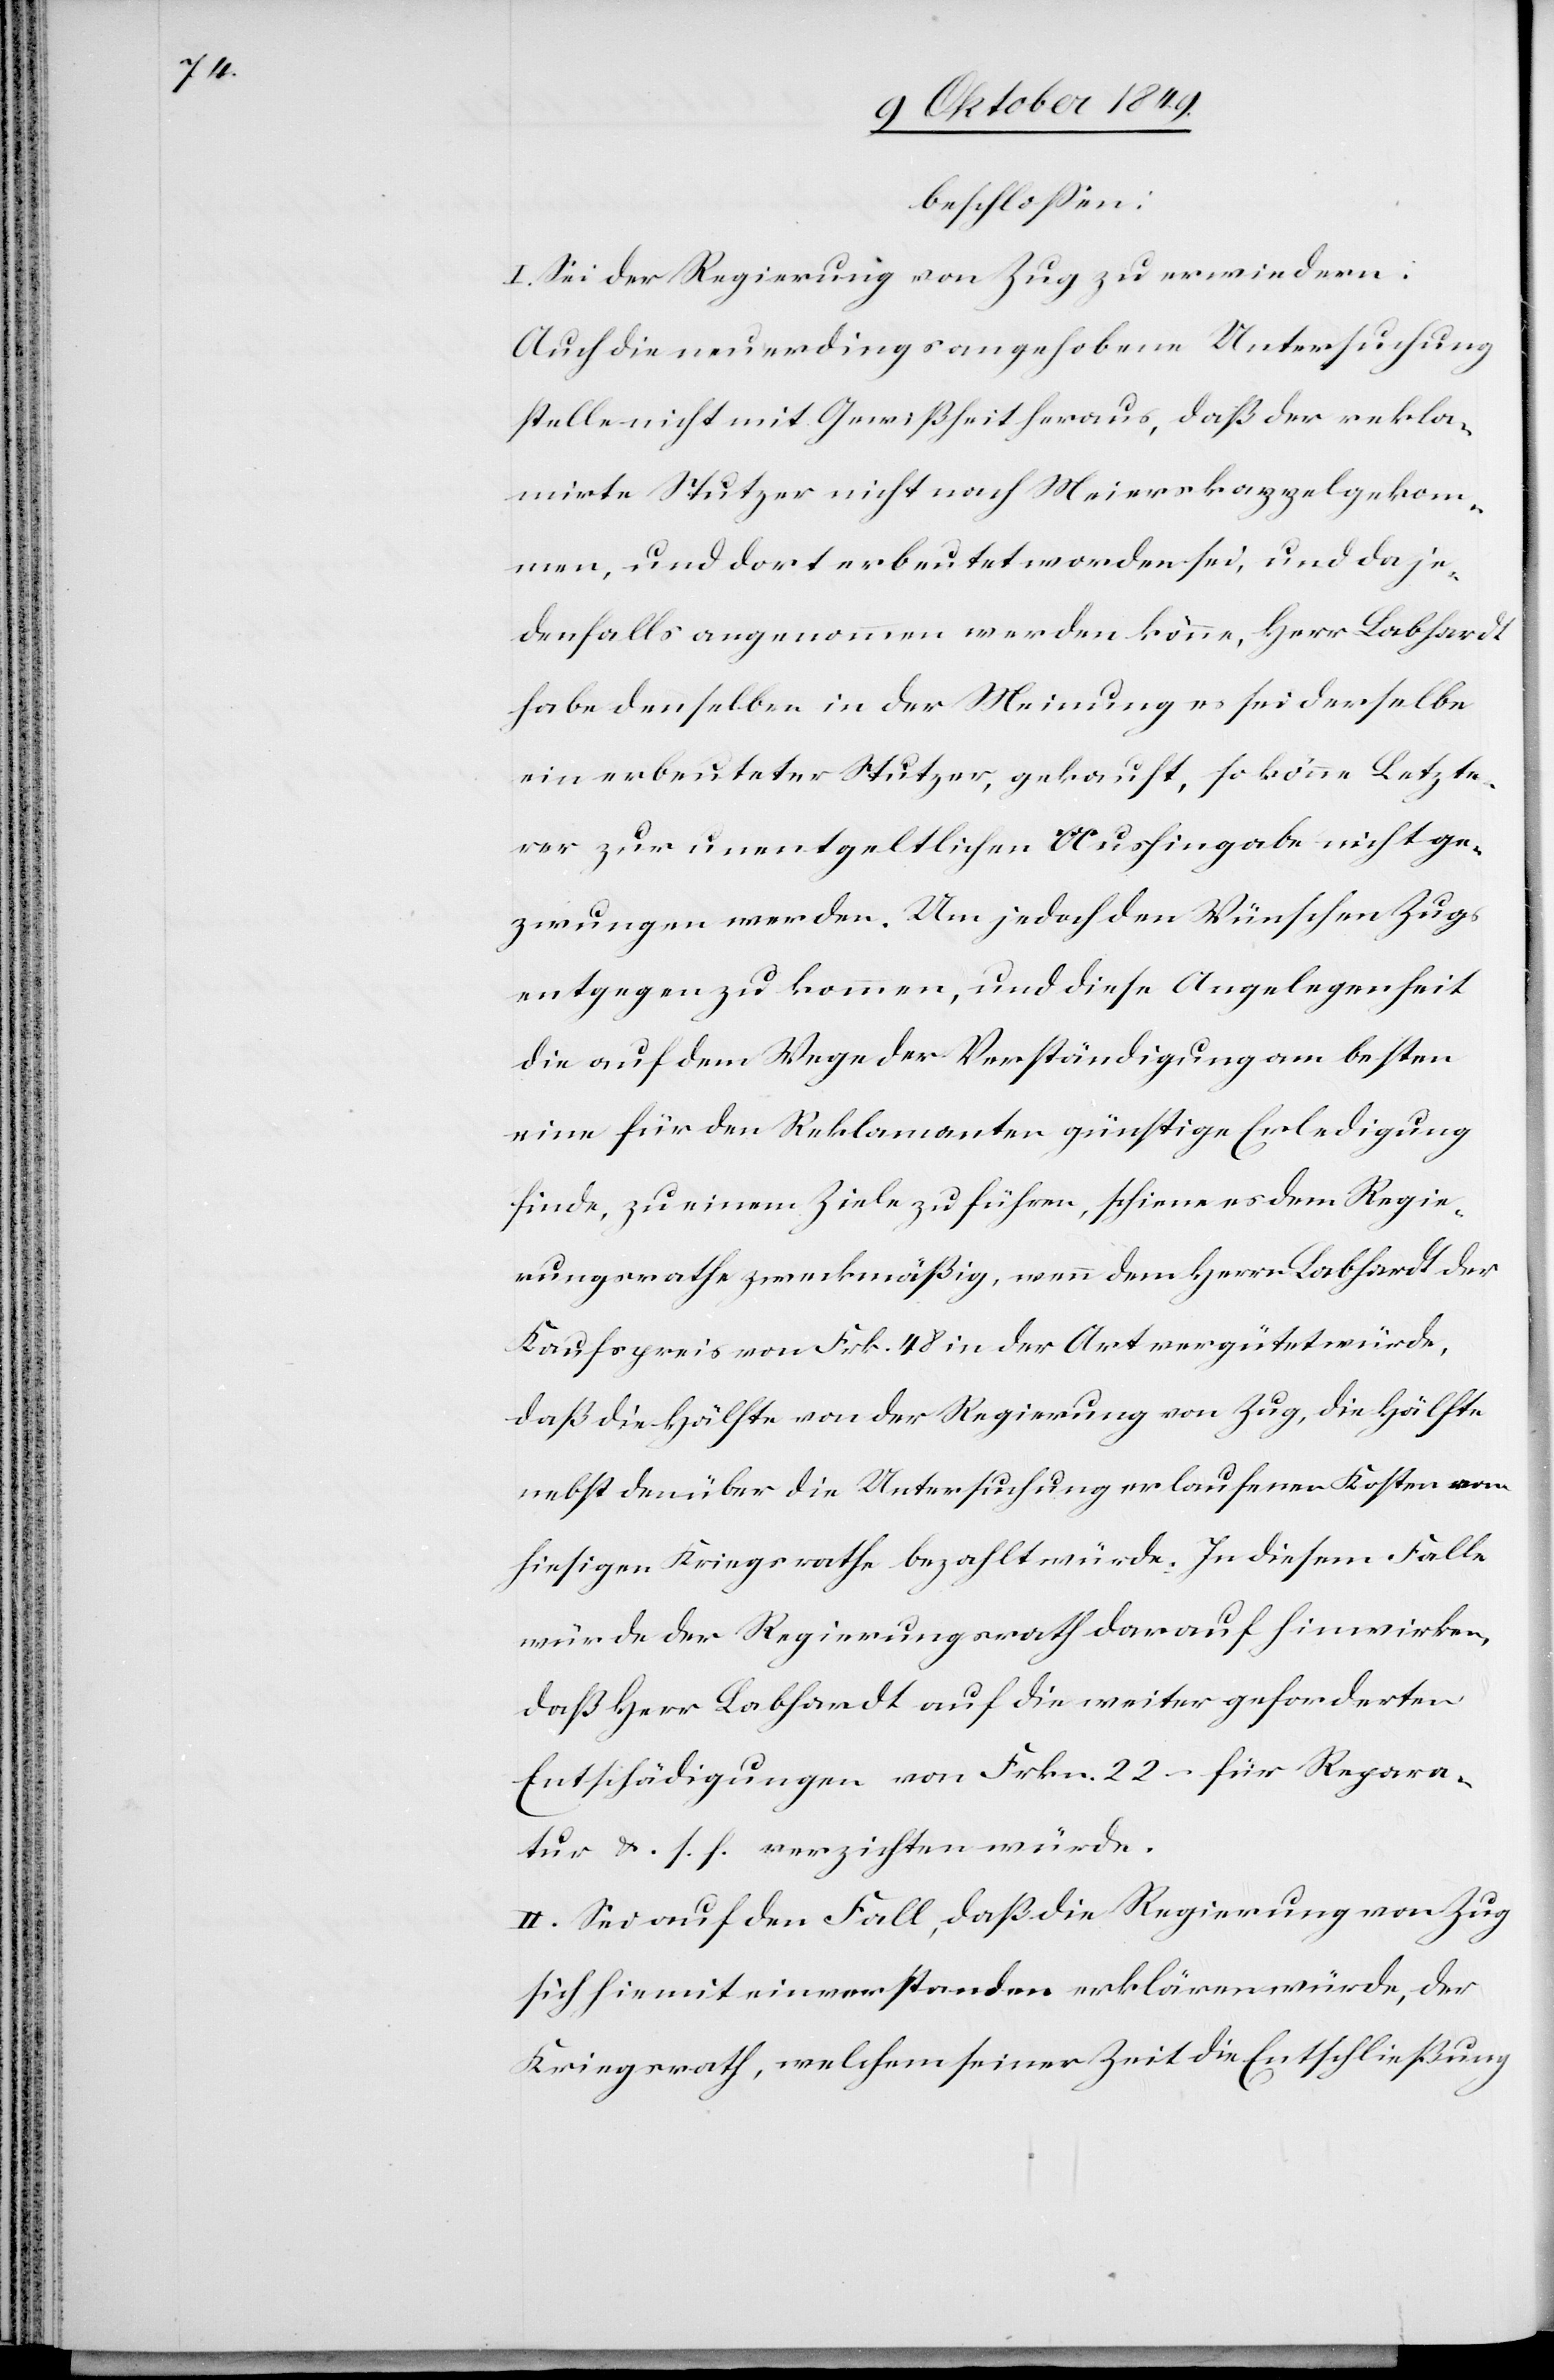
beschloßen:
I. Sei der Regierung von Zug zu erwiedern:
Auch die neuerdings angehobene Untersuchung
stelle nicht mit Gewißheit heraus, daß der rekla¬
mirte Stutzer nicht nach Meierkappel gekom¬
men, und dort erbeutet worden sei, und da je¬
denfalls angenommen werden könne, Herr Labhardt
habe denselben in der Meinung es sei derselbe
ein erbeuteter Stutzer, gekauft, so könne Letzte¬
rer zur unentgeltlichen Aushingabe nicht ge¬
zwungen werden. Um jedoch den Wünschen Zugs
entgegen zu kommen, und diese Angelegenheit
die auf dem Wege der Verständigung am besten
eine für den Reklamanten günstige Erledigung
finde, zu einem Ziele zu führen, schiene es dem Regie¬
rungsrathe zweckmäßig, wenn dem Herrn Labhardt der
Kaufpreis von Frk. 48 in der Art vergütet würde,
daß die Hälfte von der Regierung von Zug, die Hälfte
nebst den über die Untersuchung erlaufenen Kosten vom
hiesigen Kriegsrathe bezahlt würde. In diesem Falle
würde der Regierungsrath darauf hinwirken,
daß Herr Boßhardt auf die weiter geforderten
Entschädigungen von Frkn. 22 – für Repara¬
tur u. s. f. verzichten würde.
II. Sei auf den Fall, daß die Regierung von Zug
sich hiemit einverstanden erklären würde, der
Kriegsrath, welchem seiner Zeit die Entschließung